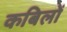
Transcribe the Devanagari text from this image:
कबिलों